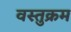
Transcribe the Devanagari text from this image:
वस्तुक्रम